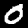
Digit: 0